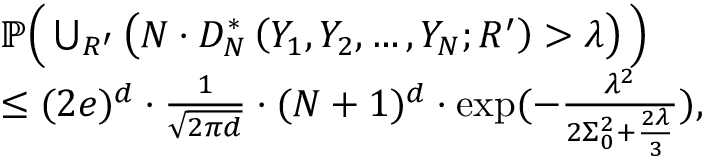
\begin{array} { r l } & { \mathbb { P } \Big ( \bigcup _ { R ^ { \prime } } \left( N \cdot D _ { N } ^ { * } \left( Y _ { 1 } , Y _ { 2 } , \ldots , Y _ { N } ; R ^ { \prime } \right) > \lambda \right) \Big ) } \\ & { \leq ( 2 e ) ^ { d } \cdot \frac { 1 } { \sqrt { 2 \pi d } } \cdot ( N + 1 ) ^ { d } \cdot \exp ( - \frac { \lambda ^ { 2 } } { 2 \Sigma _ { 0 } ^ { 2 } + \frac { 2 \lambda } { 3 } } ) , } \end{array}